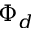
\Phi _ { d }